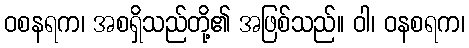
ဝစနရက၊ အစရှိသည်တို့၏ အဖြစ်သည်။ ဝါ၊ ဝနစရက၊